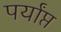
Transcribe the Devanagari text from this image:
पर्यांप्त